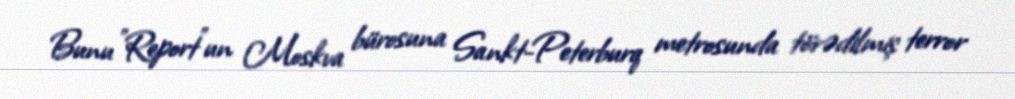
Bunu "Report"un Moskva bürosuna Sankt-Peterburq metrosunda törədilmiş terror